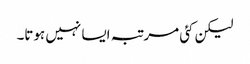
لیکن کئی مرتبہ ایسا نہیں ہوتا۔